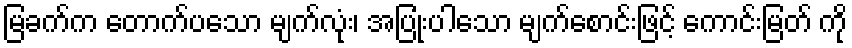
မြခက်က တောက်ပသော မျက်လုံး၊ အပြုံးပါသော မျက်စောင်းဖြင့် ကောင်းမြတ် ကို